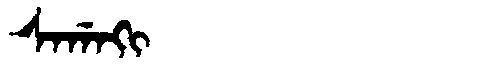
Manchu: ᠰᠠᡤᠠᡴᡳ
Romanization: SAGAKI